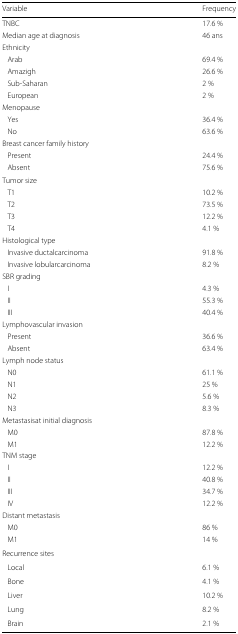
<table><thead><tr><td><b>Variable</b></td><td><b>Frequency</b></td></tr></thead><tbody><tr><td>TNBC</td><td>17.6 %</td></tr><tr><td>Median age at diagnosis</td><td>46 ans</td></tr><tr><td>Ethnicity</td><td></td></tr><tr><td>Arab</td><td>69.4 %</td></tr><tr><td>Amazigh</td><td>26.6 %</td></tr><tr><td>Sub-Saharan</td><td>2 %</td></tr><tr><td>European</td><td>2 %</td></tr><tr><td>Menopause</td><td></td></tr><tr><td>Yes</td><td>36.4 %</td></tr><tr><td>No</td><td>63.6 %</td></tr><tr><td>Breast cancer family history</td><td></td></tr><tr><td>Present</td><td>24.4 %</td></tr><tr><td>Absent</td><td>75.6 %</td></tr><tr><td>Tumor size</td><td></td></tr><tr><td>T1</td><td>10.2 %</td></tr><tr><td>T2</td><td>73.5 %</td></tr><tr><td>T3</td><td>12.2 %</td></tr><tr><td>T4</td><td>4.1 %</td></tr><tr><td>Histological type</td><td></td></tr><tr><td>Invasive ductalcarcinoma</td><td>91.8 %</td></tr><tr><td>Invasive lobularcarcinoma</td><td>8.2 %</td></tr><tr><td>SBR grading</td><td></td></tr><tr><td>I</td><td>4.3 %</td></tr><tr><td>II</td><td>55.3 %</td></tr><tr><td>III</td><td>40.4 %</td></tr><tr><td>Lymphovascular invasion</td><td></td></tr><tr><td>Present</td><td>36.6 %</td></tr><tr><td>Absent</td><td>63.4 %</td></tr><tr><td>Lymph node status</td><td></td></tr><tr><td>N0</td><td>61.1 %</td></tr><tr><td>N1</td><td>25 %</td></tr><tr><td>N2</td><td>5.6 %</td></tr><tr><td>N3</td><td>8.3 %</td></tr><tr><td>Metastasisat initial diagnosis</td><td></td></tr><tr><td>M0</td><td>87.8 %</td></tr><tr><td>M1</td><td>12.2 %</td></tr><tr><td>TNM stage</td><td></td></tr><tr><td>I</td><td>12.2 %</td></tr><tr><td>II</td><td>40.8 %</td></tr><tr><td>III</td><td>34.7 %</td></tr><tr><td>IV</td><td>12.2 %</td></tr><tr><td>Distant metastasis</td><td></td></tr><tr><td>M0</td><td>86 %</td></tr><tr><td>M1</td><td>14 %</td></tr><tr><td>Recurrence sites</td><td></td></tr><tr><td>Local</td><td>6.1 %</td></tr><tr><td>Bone</td><td>4.1 %</td></tr><tr><td>Liver</td><td>10.2 %</td></tr><tr><td>Lung</td><td>8.2 %</td></tr><tr><td>Brain</td><td>2.1 %</td></tr></tbody></table>